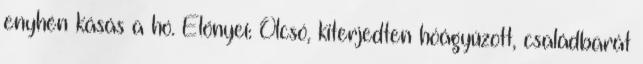
enyhén kásás a hó. Előnyei: Olcsó, kiterjedten hóágyúzott, családbarát